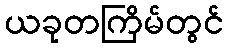
ယခုတကြိမ်တွင်